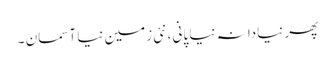
پھر نیادانہ نیا پانی ،نئی زمین نیا آسمان ۔